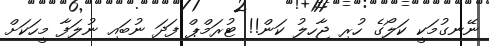
ނޭނގުމަކީ ކަލޯގެ ހުރި ޖާހިލު ކަން!! ޓުރަމްޕް ފަދަ ނުބައި ނުލަފާ މީހަކަށް